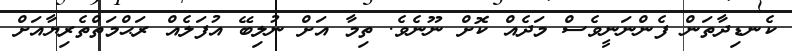
ކެނޑިދާތަން ފެންނަނީވެސް މަދެއް ކޮށް ނޫނެވެ. ތިމާ އަށް ނުލިބޭ އުފަލެއް ރަޙްމަތްތެރިޔާއަށް